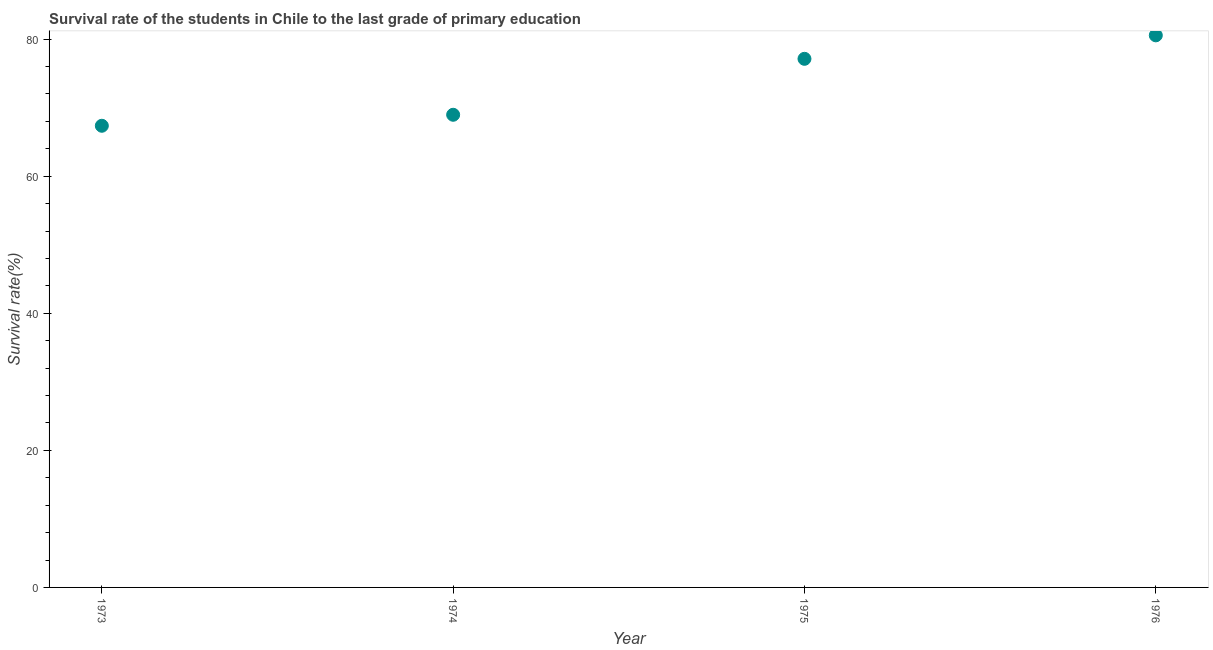
| Year | Primary Education |
 | --- | --- |
 | 1973 | 67.4 |
 | 1974 | 69 |
 | 1975 | 77.1 |
 | 1976 | 80.6 |